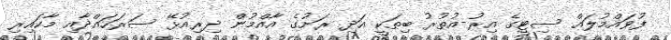
ފުވައްމުލައް ސިޓީގެ އިރު-އުތުރު ބިތަކީ އަދި ރަށުގެ އާއްމުން ދިރިއުޅޭ ސަރަހައްދާއި މާކައިރި